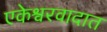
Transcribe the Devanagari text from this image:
एकेश्वरवादात